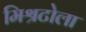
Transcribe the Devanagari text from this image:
मिश्रटोला